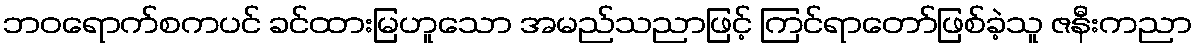
ဘဝရောက်စကပင် ခင်ထားမြဟူသော အမည်သညာဖြင့် ကြင်ရာတော်ဖြစ်ခဲ့သူ ဇနီးကညာ